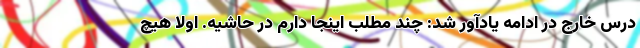
درس خارج در ادامه یادآور شد: چند مطلب اینجا دارم در حاشیه. اولاً هیچ